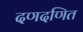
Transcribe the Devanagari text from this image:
दणदणित